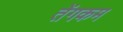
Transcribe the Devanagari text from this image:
तेंगकम